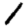
Digit: 1